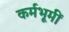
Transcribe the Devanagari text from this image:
कर्मभूमीं